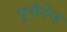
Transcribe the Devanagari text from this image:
युनीगेज